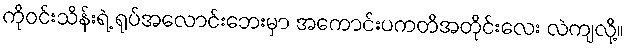
ကိုဝင်းသိန်းရဲ့ ရုပ်အလောင်းဘေးမှာ အကောင်းပကတိအတိုင်းလေး လဲကျလို့။